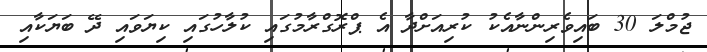
ޖުމްލަ 30 ބައިވެރިންނާއެކު ކުރިއަށްދާ އެ ޕްރޮގްރާމުގައި ކުލާހުގައި ކިޔަވައި ދޭ ބަޔަކާއި